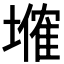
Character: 𡑗